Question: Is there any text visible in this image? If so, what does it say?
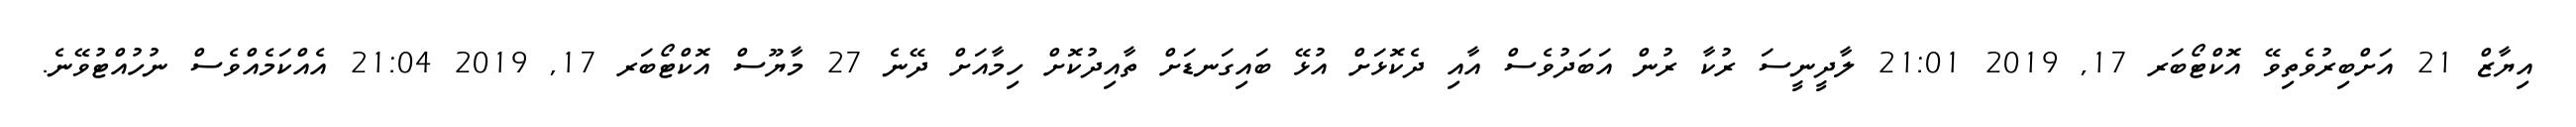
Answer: އިޔާޒް 21 އަށްބިރުވެތިވޭ އޮކްޓޯބަރ 17, 2019 21:01 ލާދީނީސަ ރުކާ ރުން އަބަދުވެސް އާއި ދެކޮޅަށް އުޅޭ ބައިގަނޑަށް ތާއިދުކޮށް ހިމާއަށް ދޭނެ 27 މާޔޫސް އޮކްޓޯބަރ 17, 2019 21:04 އެއްކަމެއްވެސް ނުހުއްޓުވޭނެ.